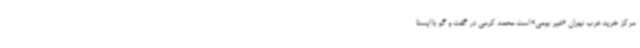
مرکز خرید غرب تهران «غیر بومی» است محمد کرمی در گفت و گو با ایسنا